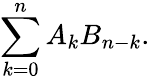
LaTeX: \sum_{k=0}^{n}A_{k}B_{n-k}.